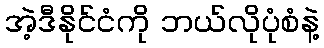
အဲ့ဒီနိုင်ငံကို ဘယ်လိုပုံစံနဲ့